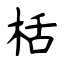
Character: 栝